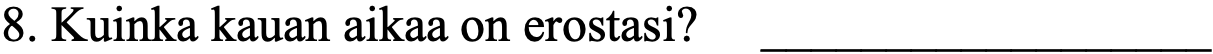
8. Kuinka kauan aikaa on erostasi? __________________